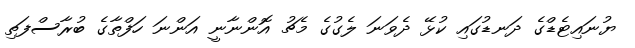
ޔުނައިޓެޑްގެ ދަނޑުގައި ކުޅޭ ދެވަނަ ލެގުގެ މެޗު އޮންނާނީ އަންނަ ހަފްތާގެ ބުރާސްފަތި